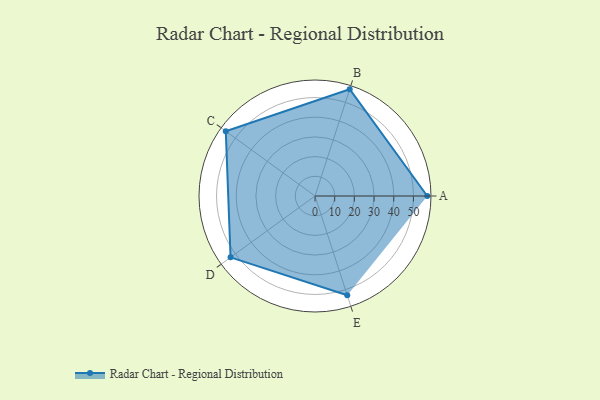
{"axis": {"x": "Skill", "y": "Score"}, "legend": ["Profile"], "data": [{"x": "A", "y": 57.0, "type": "Profile"}, {"x": "B", "y": 57.0, "type": "Profile"}, {"x": "C", "y": 56.0, "type": "Profile"}, {"x": "D", "y": 53.0, "type": "Profile"}, {"x": "E", "y": 53.0, "type": "Profile"}]}